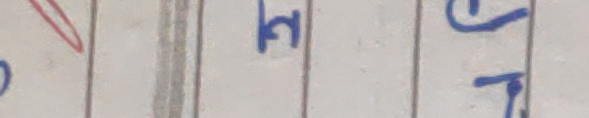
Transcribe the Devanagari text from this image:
हत